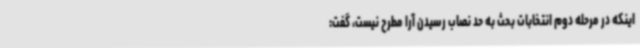
اینکه در مرحله دوم انتخابات بحث به حد نصاب رسیدن آرا مطرح نیست، گفت: